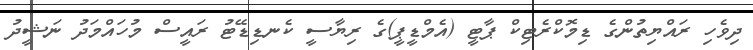
ދިވެހި ރައްޔިތުންގެ ޑިމޮކްރެޓިކް ޕާޓީ (އެމްޑީޕީ)ގެ ރިޔާސީ ކެނޑިޑޭޓު ރައީސް މުހައްމަދު ނަޝީދު